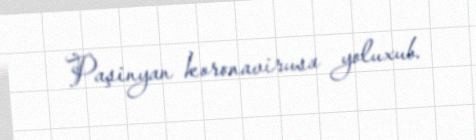
Paşinyan koronavirusa yoluxub.